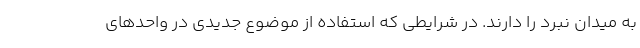
به میدان نبرد را دارند. در شرایطی که استفاده از موضوع جدیدی در واحدهای